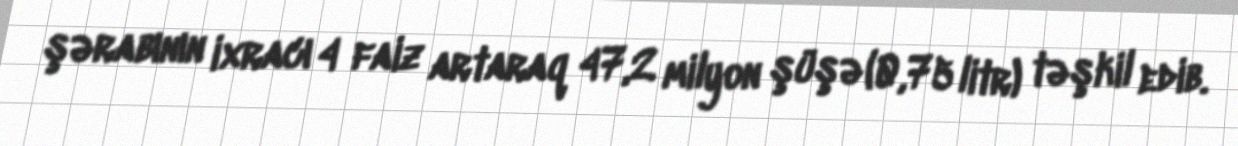
şərabının ixracı 4 faiz artaraq 47,2 milyon şüşə (0,75 litr) təşkil edib.